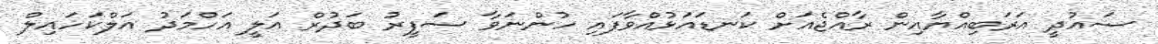
ސައުދީ އަރަބިއްޔާއިން ރާއްޖެއަށް ކަނޑައަޅުއްވާފައި ހުންނަވާ ސަފީރު ބަދުރް އަލީ އަހްމަދު އަލްކަހައިލް